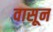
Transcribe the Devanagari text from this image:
वासून